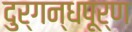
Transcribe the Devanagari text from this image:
दुर्गन्धपूर्ण